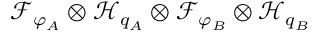
\mathcal { F } _ { \varphi _ { A } } \otimes \mathcal { H } _ { q _ { A } } \otimes \mathcal { F } _ { \varphi _ { B } } \otimes \mathcal { H } _ { q _ { B } }